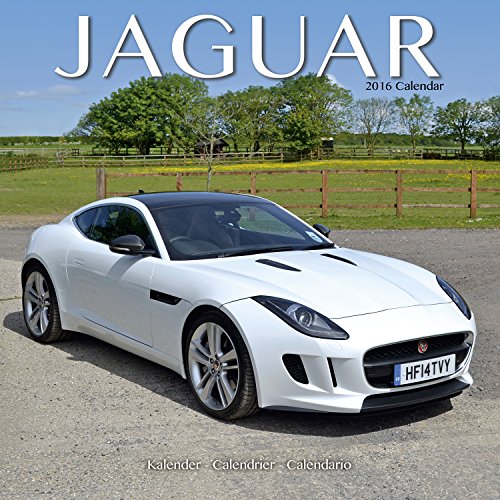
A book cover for Jaguar Calendar- 2016 Wall calendars - Car Calendar - Automobile Calendar - Monthly Wall Calendar by Avonside; MegaCalendars; Calendars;